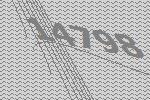
14798